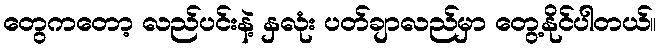
တွေကတော့ လည်ပင်းနဲ့ နှလုံး ပတ်ချာလည်မှာ တွေ့နိုင်ပါတယ်။